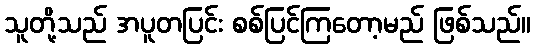
သူတို့သည် အပူတပြင်း စစ်ပြင်ကြတော့မည် ဖြစ်သည်။